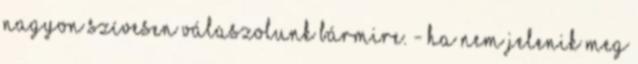
nagyon szívesen válaszolunk bármire. - ha nem jelenik meg